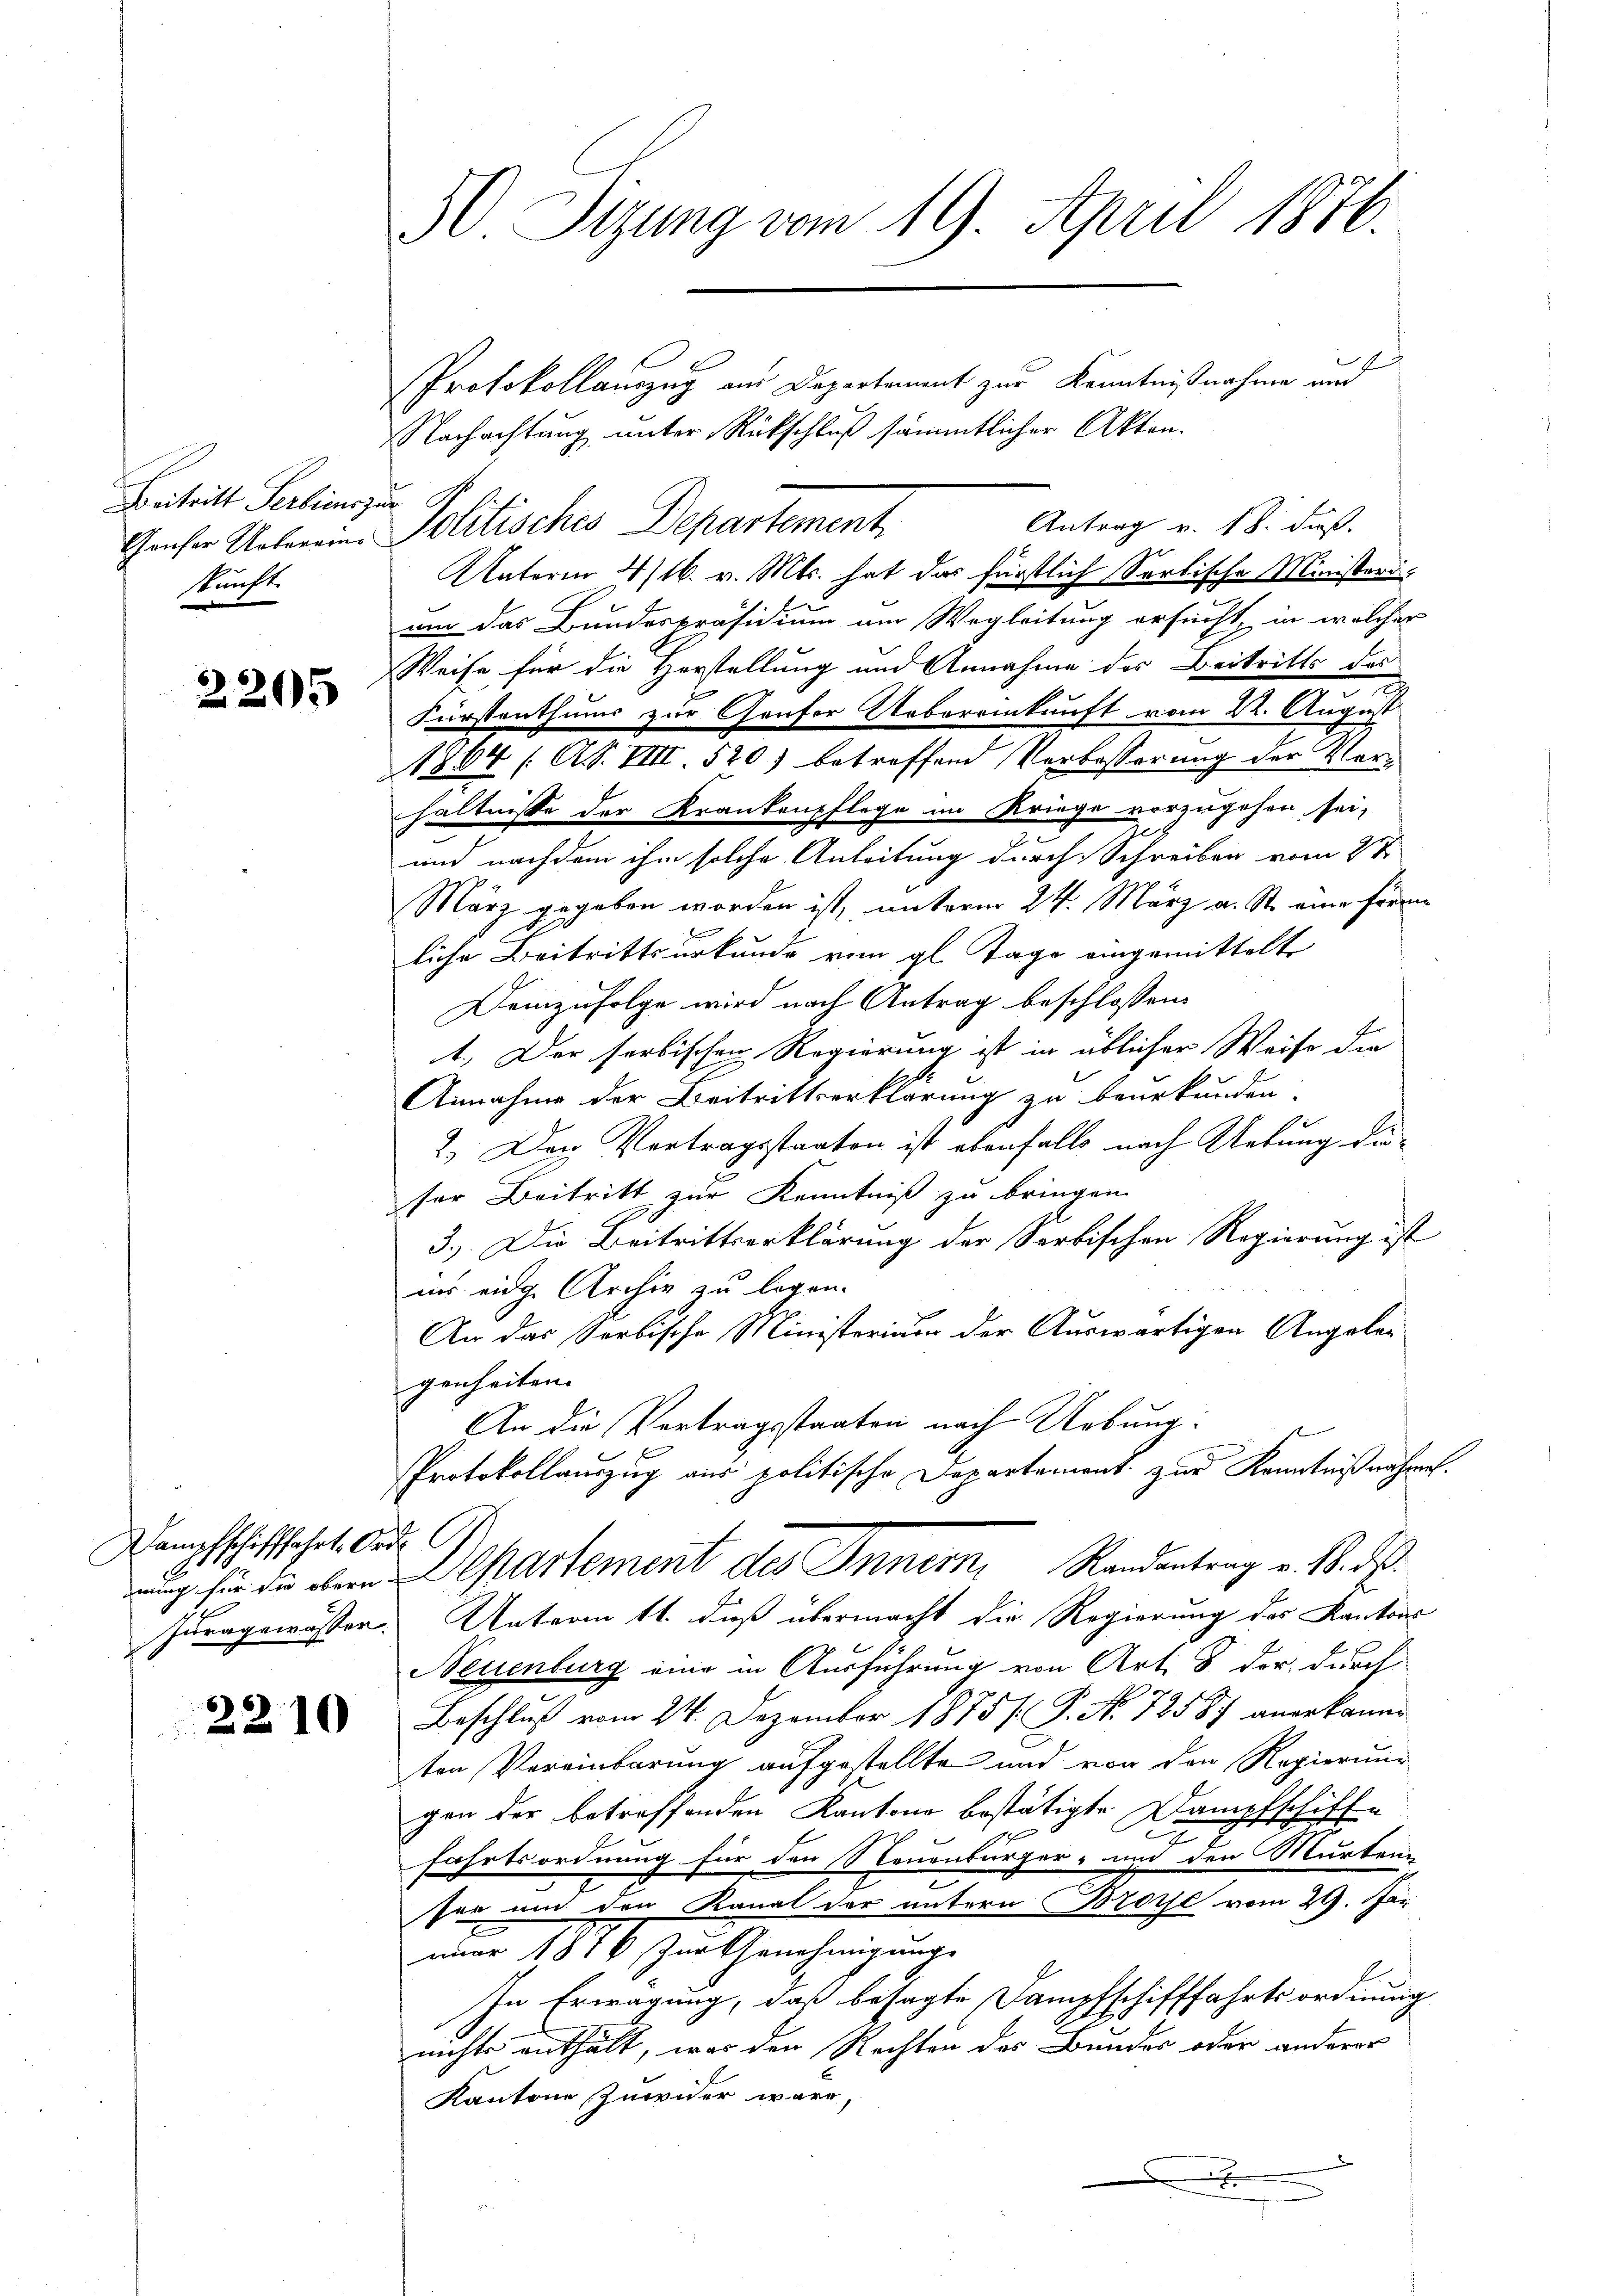
Beitritt Serbiens zur
skunft.

2205

ampfschifffahrt, Orde
1

3. Tizung vom 19. April 1876.

Protokollauszug aus Departement zur Kenntnißnahme und
Nachachtung unter Rückschluß sämmtlicher Akten.
Antrag v. 18. daß
Gruser Ueberein Politisches Departement
Unterm 4/16. v. Mts. hat das fürstlich Sarkische Ministerun
nur das Bundespräsidium um Wegleitung ersucht, in welcher
Weise für die Herstellung und Annahme des Beitritts des
n
Fürstenthums zur Genfer Uebereinkunft vom 22. August
1864 (AS. VIII. 520) betreffend Verbosserung der Vorhältnisse der Krankenpflege im Kriege vorzugehen sei,
und nachdem ihm solche Anleitung durch Schreiben vom 27
März gegeben worden ist, unterm 24. März a. St. eine Forre
liche Beitrittsurkunde vom gl. Tage eingemittelt
demzufolge wird nach Antrag beschlossen:
1.) Der serbischen Regierung ist in üblicher Weise die
Annahme der Beitrittserklärung zu beurkunden.
2. Der Vertragsstaaten ist ebenfalls nach Uebung dieser Beitritt zur Kenntniß zu bringen.
3.) Die Beitrittserklärung der Serbischen Regierung ist
ins eidge Archiv zu legen.
An das Serbische Ministerium der Auswärtigen Angeleggenheiten. |
An die Vertragsstaaten nach Uebung:
Protokollauszug aus politische Departement zur Kenntnißnahme.
uung für die eben Departement des Inner, Randantrag v. 18. ds.
Juragewassen. Unterm 11. dieß übermacht die Regierung des Kantons
Neuenburg eine in Ausführung von Art. 8 der durch
 der Beschluß vom 24. Dezember 1875 /: P. Nr. 72587 anerkanne
ten Vereinbarung aufgestellte und von den Regierung
gen der betreffenden Kantone bestätigte Dampfschiffe
22
17
fahrtsordnung für den Neuenburger- und den Murten-
fer um den Kanal der untern Broche vom 29. Jän
nuar 1816 zur Genehmigungs
Ei
In Erwägung, daß besagte Dampfschifffahrtsordnung
nichts enthält, was der Rechten des Bundes oder anderer
Kantone Zuwider wäre,
x